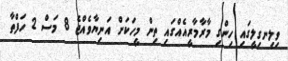
ވިލިނގިލީގައި ހިންގި މާރާމާރީއެއްގައި ތިން މީހަކަށް އަނިޔާވެއްޖެ 8 މަސް 2 ހަފްތާ